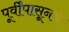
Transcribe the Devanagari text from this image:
पूर्वींपासूनच